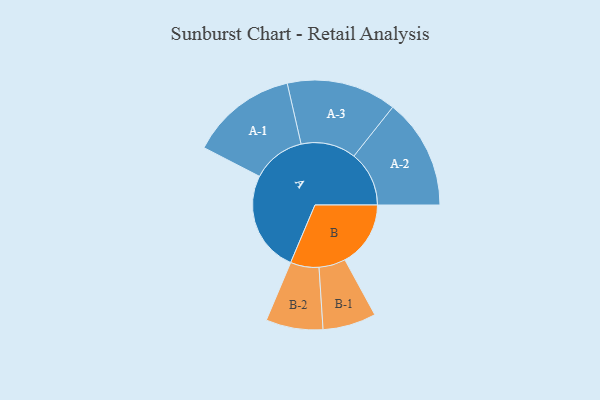
{"axis": {"x": "Segment", "y": "Value"}, "legend": ["", "A", "B"], "data": [{"x": "A", "y": 489, "type": ""}, {"x": "B", "y": 318, "type": ""}, {"x": "A-1", "y": 258, "type": "A"}, {"x": "A-2", "y": 267, "type": "A"}, {"x": "A-3", "y": 266, "type": "A"}, {"x": "B-1", "y": 129, "type": "B"}, {"x": "B-2", "y": 138, "type": "B"}]}